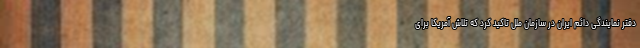
دفتر نمایندگی دائم ایران در سازمان ملل تاکید کرد که تلاش آمریکا برای